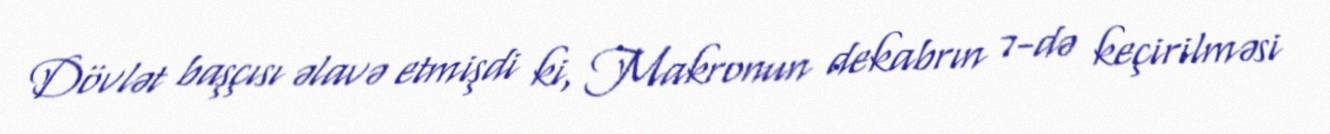
Dövlət başçısı əlavə etmişdi ki, Makronun dekabrın 7-də keçirilməsi